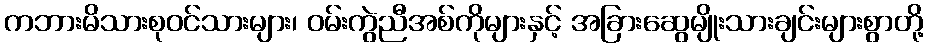
ကဘားမိသားစုဝင်သားများ၊ ဝမ်းကွဲညီအစ်ကိုများနှင့် အခြားဆွေမျိုးသားချင်းများစွာတို့